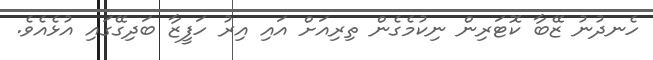
ހެނދުނު ޒޭބާ ކޮޓަރިން ނިކުމެގެން ތިރިއަށް އައި އިރު ހަފީޒާ ބަދިގޭގައި އުޅެއެވެ.